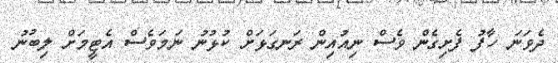
ދެވަނަ ހާފު ފެށިގެން ވެސް ނިއުއިން ރަނގަޅަށް ކުޅުނު ނަމަވެސް އެޓީމަށް ލިބުނު